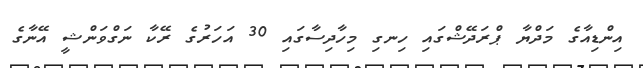
އިންޑިއާގެ މަދްޔާ ޕްރަދޭޝްގައި ހިނގި މިހާދިސާގައި 30 އަހަރުގެ ރޭކާ ނަގްވަންޝީ އޭނާގެ